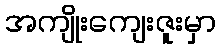
အကျိုးကျေးဇူးမှာ